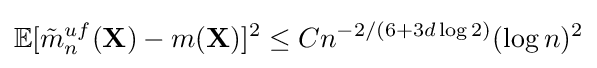
\mathbb {E} [{\tilde {m}}_{n}^{uf}(\mathbf {X} )-m(\mathbf {X} )]^{2}\leq Cn^{-2/(6+3d\log 2)}(\log n)^{2}